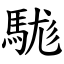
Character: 駹